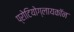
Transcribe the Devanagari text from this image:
प्रोटियोग्लायकॉन